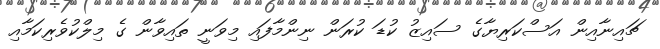
ޗައިނާއިން އަސްކަރިޔާގެ ސައިޒު ކުޑަ ކުރަން ނިންމާފައި މިވަނީ ތައިވާން ގެ މިލްކުވެރިކަމާއި